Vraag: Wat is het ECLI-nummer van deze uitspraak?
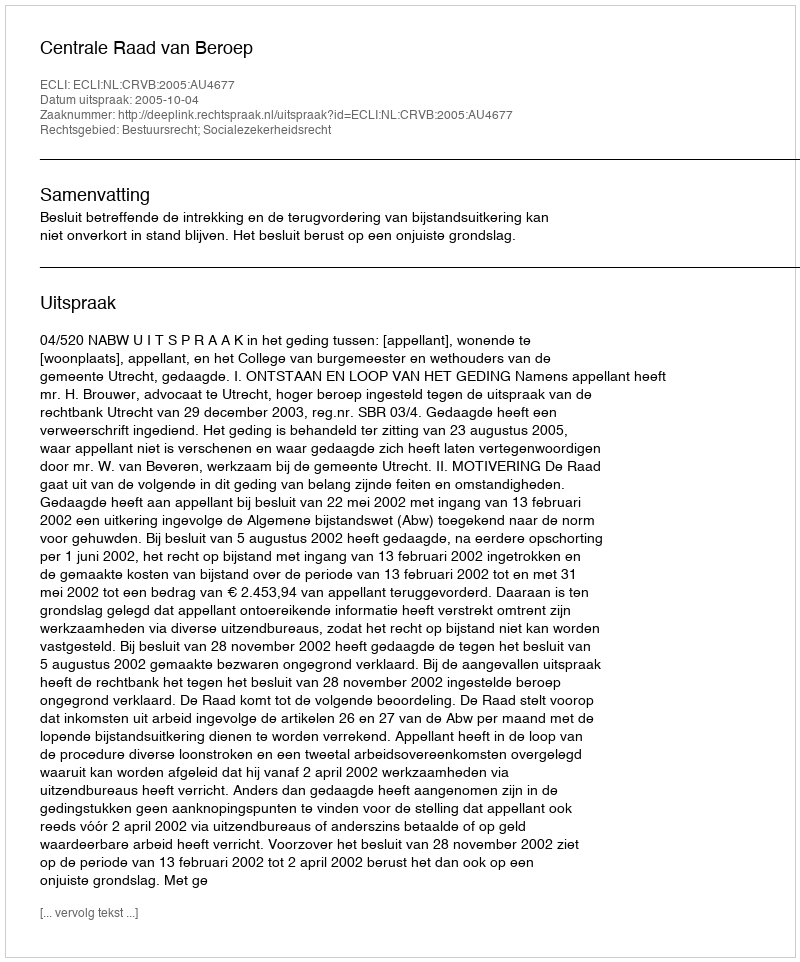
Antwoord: ECLI:NL:CRVB:2005:AU4677